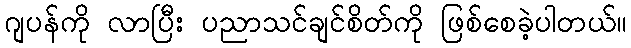
ဂျပန်ကို လာပြီး ပညာသင်ချင်စိတ်ကို ဖြစ်စေခဲ့ပါတယ်။